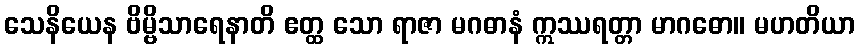
သေနိယေန ဗိမ္ဗိသာရေနာတိ ဧတ္ထ သော ရာဇာ မဂဓာနံ ဣဿရတ္တာ မာဂဓော။ မဟတိယာ